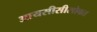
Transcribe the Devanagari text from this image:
आयसीसीसोबत